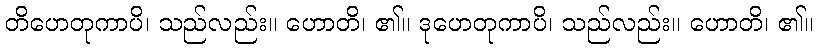
တိဟေတုကာပိ၊ သည်လည်း။ ဟောတိ၊ ၏။ ဒုဟေတုကာပိ၊ သည်လည်း။ ဟောတိ၊ ၏။